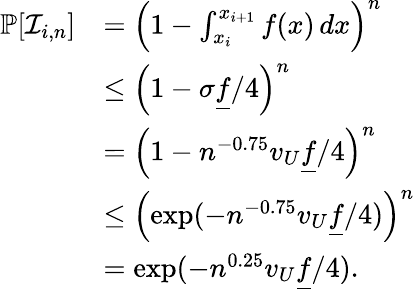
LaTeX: \begin{array}{rl}{\mathbb{P}[\mathcal{I}_{i,n}]}&{=\left(1-\int_{x_{i}}^{x_{i+1}}f(x)\, dx\right)^{n}}\\ &{\le\left(1-\sigma\underline{{f}}/4\right)^{n}}\\ &{=\left(1-n^{-0.75}v_{U}\underline{{f}}/4\right)^{n}}\\ &{\le\left(\exp(-n^{-0.75}v_{U}\underline{{f}}/4)\right)^{n}}\\ &{=\exp(-n^{0.25}v_{U}\underline{{f}}/4).}\end{array}